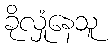
ခိုလှုံနေသူ